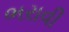
ભરાવી